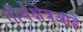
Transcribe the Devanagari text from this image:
तीर्थक्षेत्रआहे